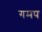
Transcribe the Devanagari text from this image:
गमप